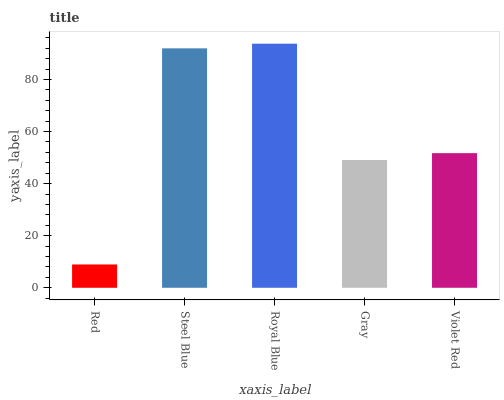
| xaxis_label | bars |
 | --- | --- |
 | Red | 8.95 |
 | Steel Blue | 91.9 |
 | Royal Blue | 93.7 |
 | Gray | 49.1 |
 | Violet Red | 51.7 |